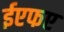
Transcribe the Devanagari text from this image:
ईएफए